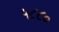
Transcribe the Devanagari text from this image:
५८८०